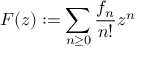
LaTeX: F ( z ) : = \sum _ { n \geq 0 } { \frac { f _ { n } } { n ! } } z ^ { n }